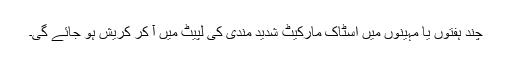
چند ہفتوں یا مہینوں میں اسٹاک مارکیٹ شدید مندی کی لپیٹ میں آ کر کریش ہو جائے گی۔